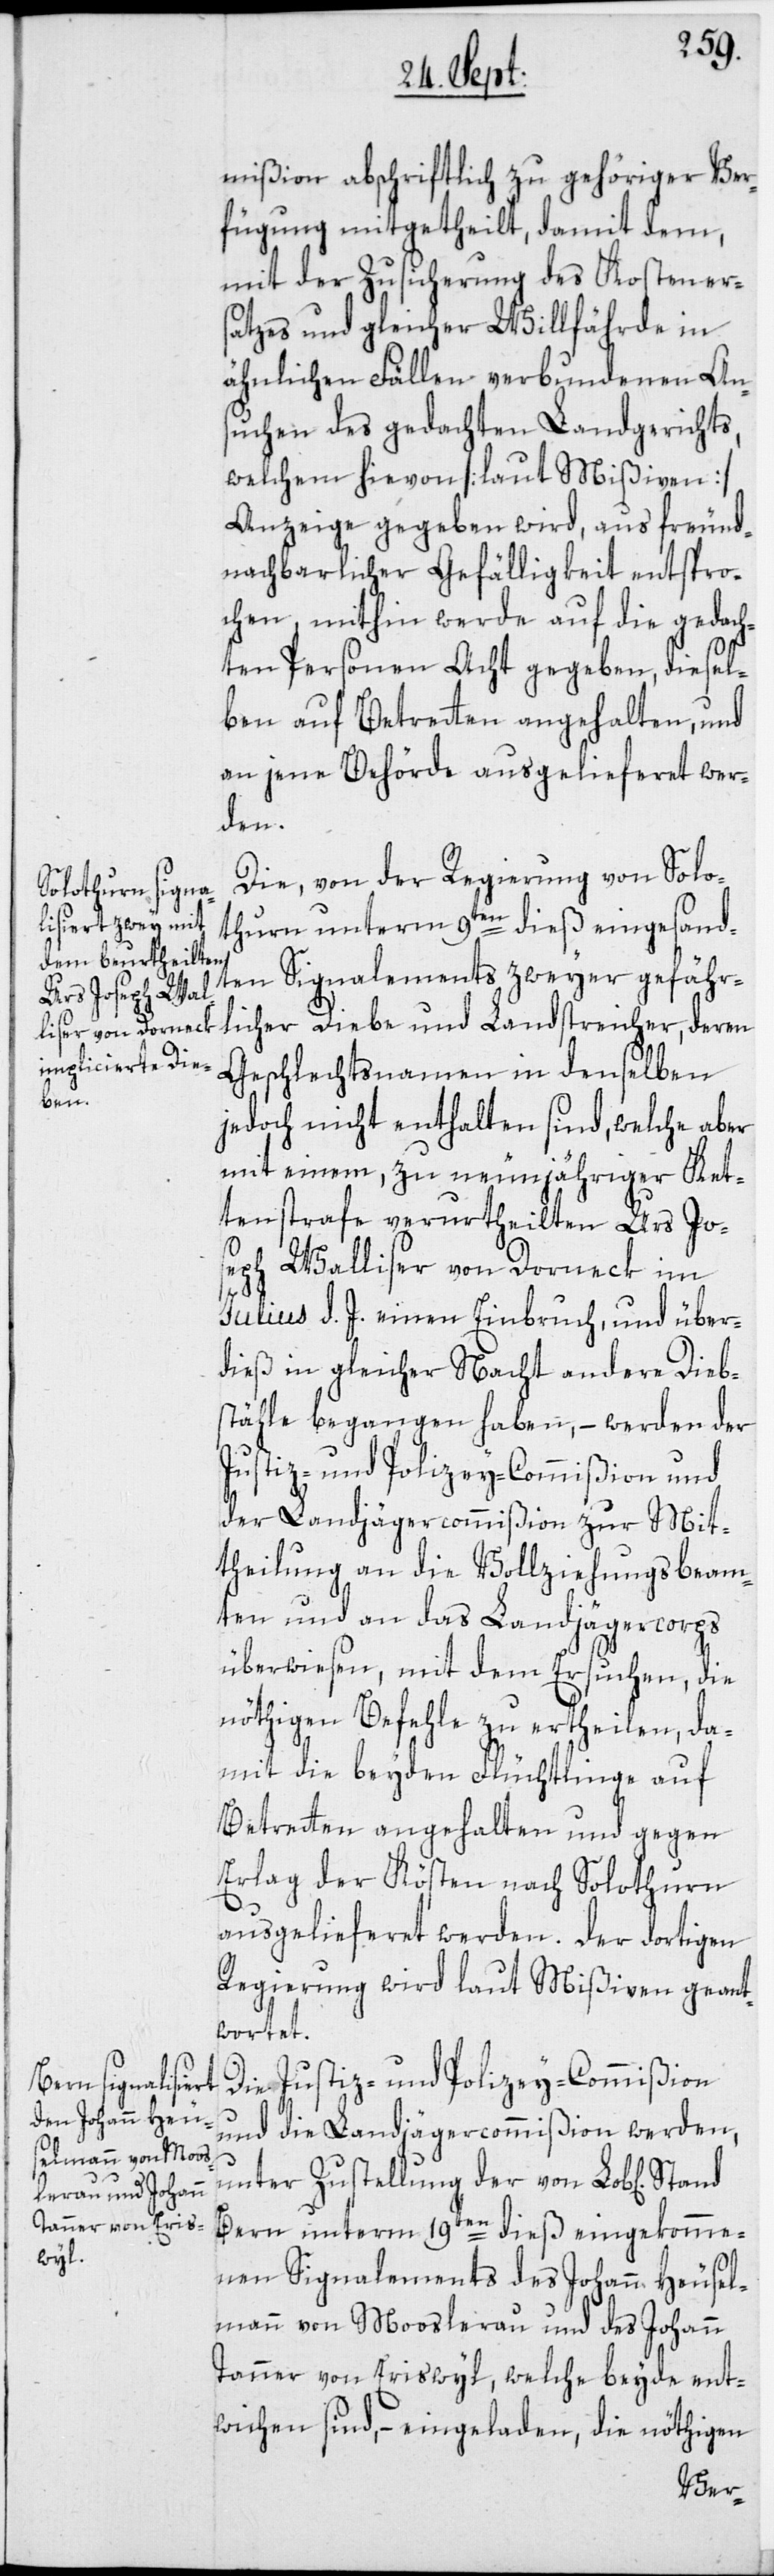
mißion abschriftlich zu gehöriger Ver¬
fügung mitgetheilt, damit dem,
mit der Zusicherung des Kosteners¬
atzes und gleicher Willfährde in
ähnlichen Fällen verbundenen An¬
suchen des gedachten Landgerichts,
welchem hievon [laut Mißiven]
Anzeige gegeben wird, aus freund¬
nachbarlicher Gefälligkeit entspro¬
chen, mithin werde auf die gedach¬
ten Personen Acht gegeben, diesel¬
ben auf Betretten angehalten, und
an jene Behörde ausgelieferet wer¬
den.
Die, von der Regierung von Solo¬
thurn unterm 9ten dieß eingesand¬
ten Signalements zweyer gefähr¬
licher Diebe und Landstreicher, deren
Geschlechtsnamen in denselben
jedoch nicht enthalten sind, welche aber
mit einem, zu neunjähriger Ket¬
tenstrafe verurtheilten Urs Jo¬
seph Walliser von Dorneck im
Julius d. J. einen Einbruch, und über¬
dieß in gleicher Nacht andere Dieb¬
stähle begangen haben, – werden der
Justiz- und Polizey-Commißion und
der Landjägercommißion zur Mit¬
theilung an die Vollziehungsbeam¬
ten und an das Landjägercorps
überwiesen, mit dem Ersuchen, die
nöthigen Befehle zu ertheilen, da¬
mit die beyden Flüchtlinge auf
Betretten angehalten und gegen
Erlag der Kösten nach Solothurn
ausgelieferet werden. Der dortigen
Regierung wird laut Mißiven geant¬
wortet.
Die Justiz- und Polizey-Commißion
und die Landjägercommißion werden,
unter Zustellung der von Lob[lichen]
Bern unterm 19ten dieß eingekomme¬
nen Signalements des Johann Heusel¬
mann von Moosleerau und des Johann
Tanner von Eriswyl, welche beyde ent¬
wichen sind, – eingeladen, die nöthigen